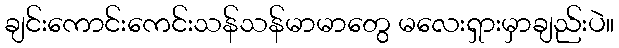
ချင်းကောင်းကေင်းသန်သန်မာမာတွေ မလေးရှားမှာချည်းပဲ။